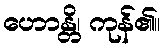
ဟောန္တိ၊ ကုန်၏။